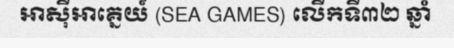
អាស៊ីអាគ្នេយ៍ (SEA GAMES) លើកទី៣២ ឆ្នាំ